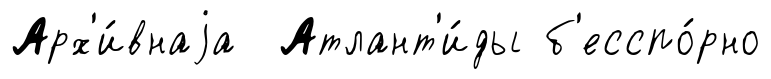
Арх'и́внаjа Атлант'и́ды б'есспо́рно